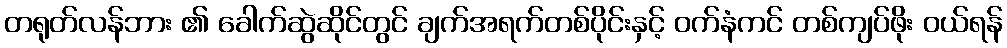
တရုတ်လန်ဘား ၏ ခေါက်ဆွဲဆိုင်တွင် ချက်အရက်တစ်ပိုင်းနှင့် ဝက်နံကင် တစ်ကျပ်ဖိုး ဝယ်ရန်